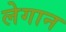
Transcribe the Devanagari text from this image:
लेगान